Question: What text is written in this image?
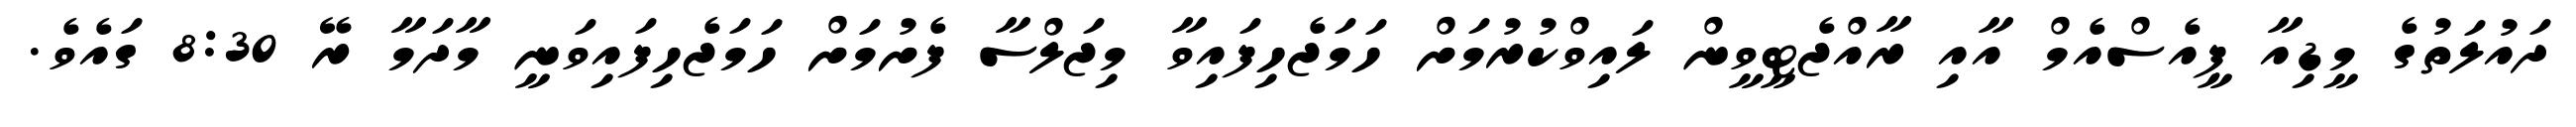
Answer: ދައުލަތުގެ މީޑިއާ ޕީއެސްއެމް އާއި ރާއްޖެޓީވީން ލައިވްކުރުމަށް ހަމަޖެހިފައިވާ މިޖަލްސާ ފެށުމަށް ހަމަޖެހިފައިވަނީ މާދަމާ ރޭ 8:30 ގައެވެ.